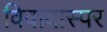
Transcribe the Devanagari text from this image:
विवादास्पर